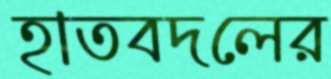
হাতবদলের